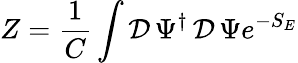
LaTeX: Z=\frac{1}{C}\int\mathcal{D}\, \Psi^{\dagger}\, \mathcal{D}\, \Psi e^{-S_{E}}